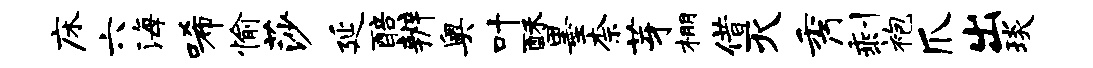
床六海唏愉莎延醅辨奥叶酥墨柰芽棚借灭秀剩袍爪出琰